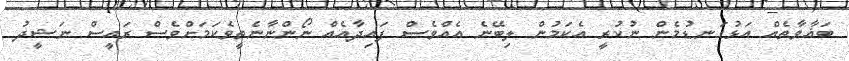
ބަޣާވާތެއް އަޅުގަނޑުމެން ނުކުރީ އެކަމުން ލިބޭނެ އެއްވެސް ފައިދާއެއް ނޯންނާނެތީވެކަމަށްވެސް ރައީސް ނަޝީދު